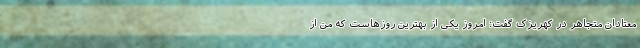
معتادان متجاهر در کهریزک گفت: امروز یکی از بهترین روزهاست که من از